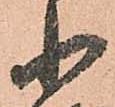
小